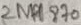
Text: 2N4870